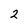
Character: 2